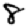
Digit: 8